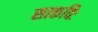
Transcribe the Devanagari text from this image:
सत्कविः